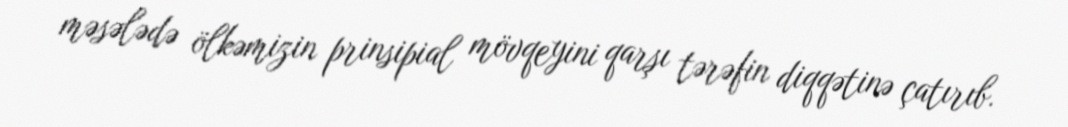
məsələdə ölkəmizin prinsipial mövqeyini qarşı tərəfin diqqətinə çatırıb.